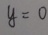
y = 0